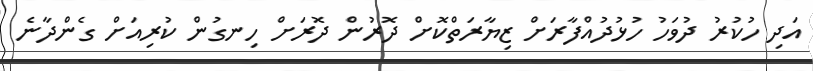
އަދި ހުކުރު ދުވަހު ހުޅުދުއްފާރަށް ޒިޔާރަތްކޮށް ދޮރުން ދޮރަށް ހިނގުން ކުރިއަށް ގެންދާނެ